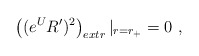
\begin{align*}\left((e^{U} R')^2\right)_{extr}|_{r=r_+}= 0 \ ,\end{align*}